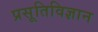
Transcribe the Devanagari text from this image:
प्रसूतिविज्ञान